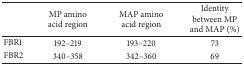
|  | MP amino acid region | MAP amino acid region | Identity between MP and MAP (%) |
 | --- | --- | --- | --- |
 | FBR1 | 192–219 | 193–220 | 73 |
 | FBR2 | 340–358 | 342–360 | 69 |